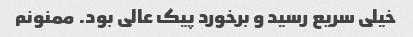
خیلی سریع رسید و برخورد پیک عالی بود. ممنونم